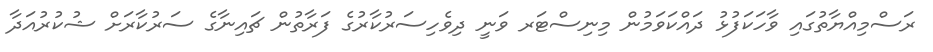
ރަސްމިއްޔާތުގައި ވާހަކަފުޅު ދައްކަވަމުން މިނިސްޓަރ ވަނީ ދިވެހިސަރުކާރުގެ ފަރާތުން ޗައިނާގެ ސަރުކާރަށް ޝުކުރުއަދާ